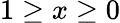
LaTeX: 1\geq x\geq 0